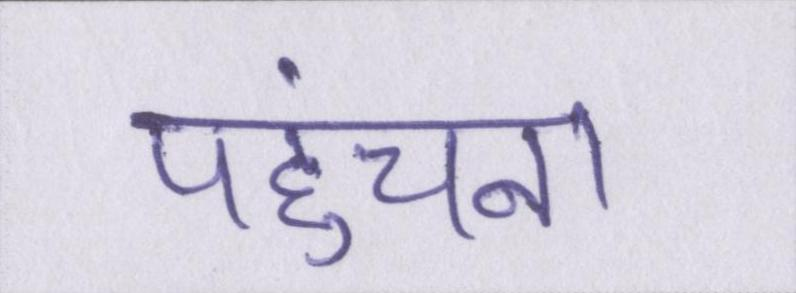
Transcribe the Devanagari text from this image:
पहुंचना